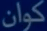
كوان